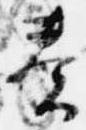
奏